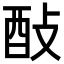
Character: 𨠃